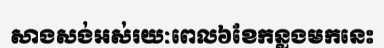
សាងសង់អស់រយៈពេល៦ខែកន្លងមកនេះ